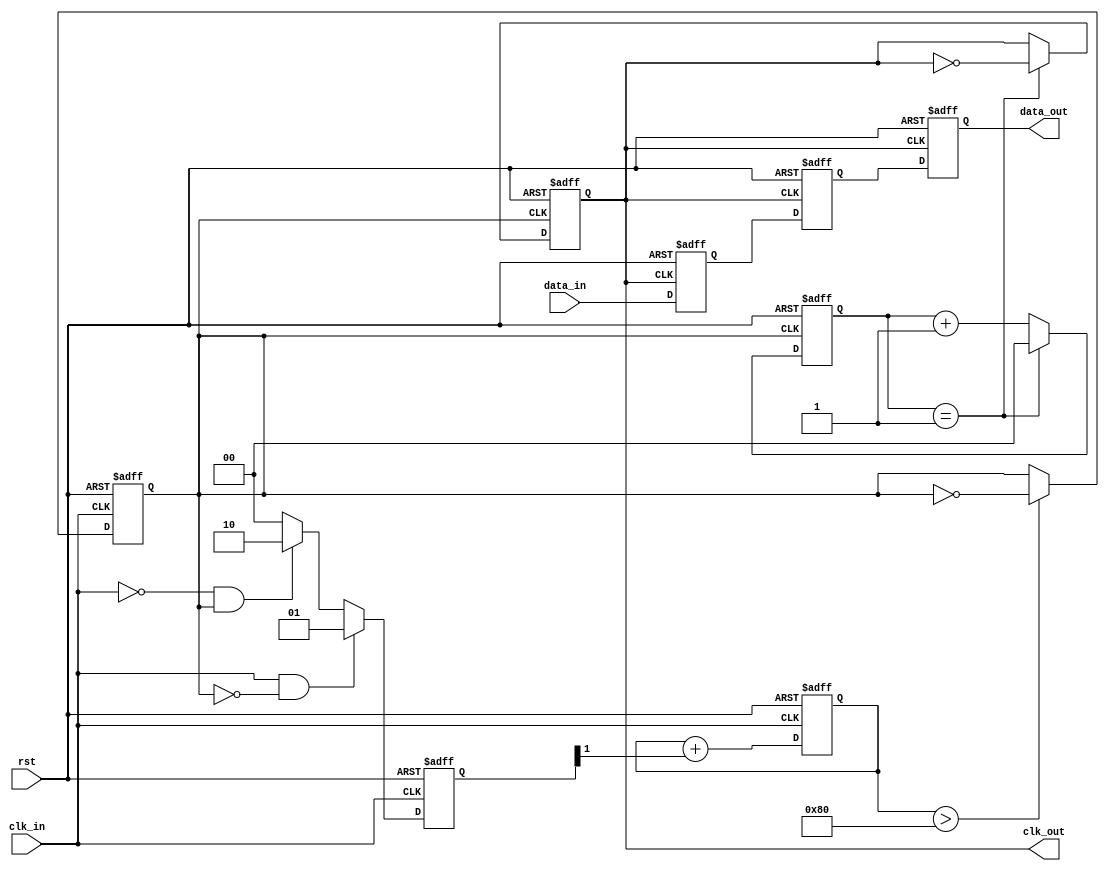
module pll_synchronizer #(
    parameter CLK_DIV = 2 // Clock Divider ratio
)(
    input wire clk_in,          // Incoming clock signal
    input wire rst,             // Reset signal
    input wire data_in,         // Incoming data signal
    output reg clk_out,         // Synchronized clock output
    output reg data_out         // Synchronized data output
);

    // Internal signals
    reg [1:0] phase_error;      // Phase error signal
    reg [7:0] loop_filter;       // Loop filter output (control voltage)
    reg vco_out;                // VCO output clock
    reg [1:0] clk_div_counter;   // Clock divider counter

    // Phase Detector (PD)
    always @(posedge clk_in or posedge rst) begin
        if (rst) begin
            phase_error <= 2'b00;
        end else begin
            // Simple phase comparison logic (rising edge detection)
            if (clk_in && !vco_out) begin
                phase_error <= 2'b01; // Incoming clock is ahead
            end else if (!clk_in && vco_out) begin
                phase_error <= 2'b10; // VCO clock is ahead
            end else begin
                phase_error <= 2'b00; // Aligned
            end
        end
    end

    // Loop Filter (LF)
    always @(posedge clk_in or posedge rst) begin
        if (rst) begin
            loop_filter <= 8'b00000000;
        end else begin
            // Simple first-order low-pass filter
            loop_filter <= loop_filter + phase_error[1]; // Adjust based on phase error
        end
    end

    // Voltage-Controlled Oscillator (VCO)
    always @(posedge clk_in or posedge rst) begin
        if (rst) begin
            vco_out <= 1'b0;
        end else begin
            // Simple VCO logic
            if (loop_filter > 8'd128) begin
                vco_out <= ~vco_out; // Toggle based on control voltage
            end
        end
    end

    // Clock Divider
    always @(posedge vco_out or posedge rst) begin
        if (rst) begin
            clk_div_counter <= 2'b00;
            clk_out <= 1'b0;
        end else begin
            clk_div_counter <= clk_div_counter + 1;
            if (clk_div_counter == (CLK_DIV - 1)) begin
                clk_out <= ~clk_out; // Toggle output clock
                clk_div_counter <= 2'b00; // Reset counter
            end
        end
    end

    // Data Synchronization Circuit
    reg data_sync_1, data_sync_2;
    always @(posedge clk_out or posedge rst) begin
        if (rst) begin
            data_sync_1 <= 1'b0;
            data_sync_2 <= 1'b0;
            data_out <= 1'b0;
        end else begin
            data_sync_1 <= data_in; // First flip-flop
            data_sync_2 <= data_sync_1; // Second flip-flop
            data_out <= data_sync_2; // Synchronized data output
        end
    end

endmodule